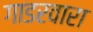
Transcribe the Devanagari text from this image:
गाडरवारा